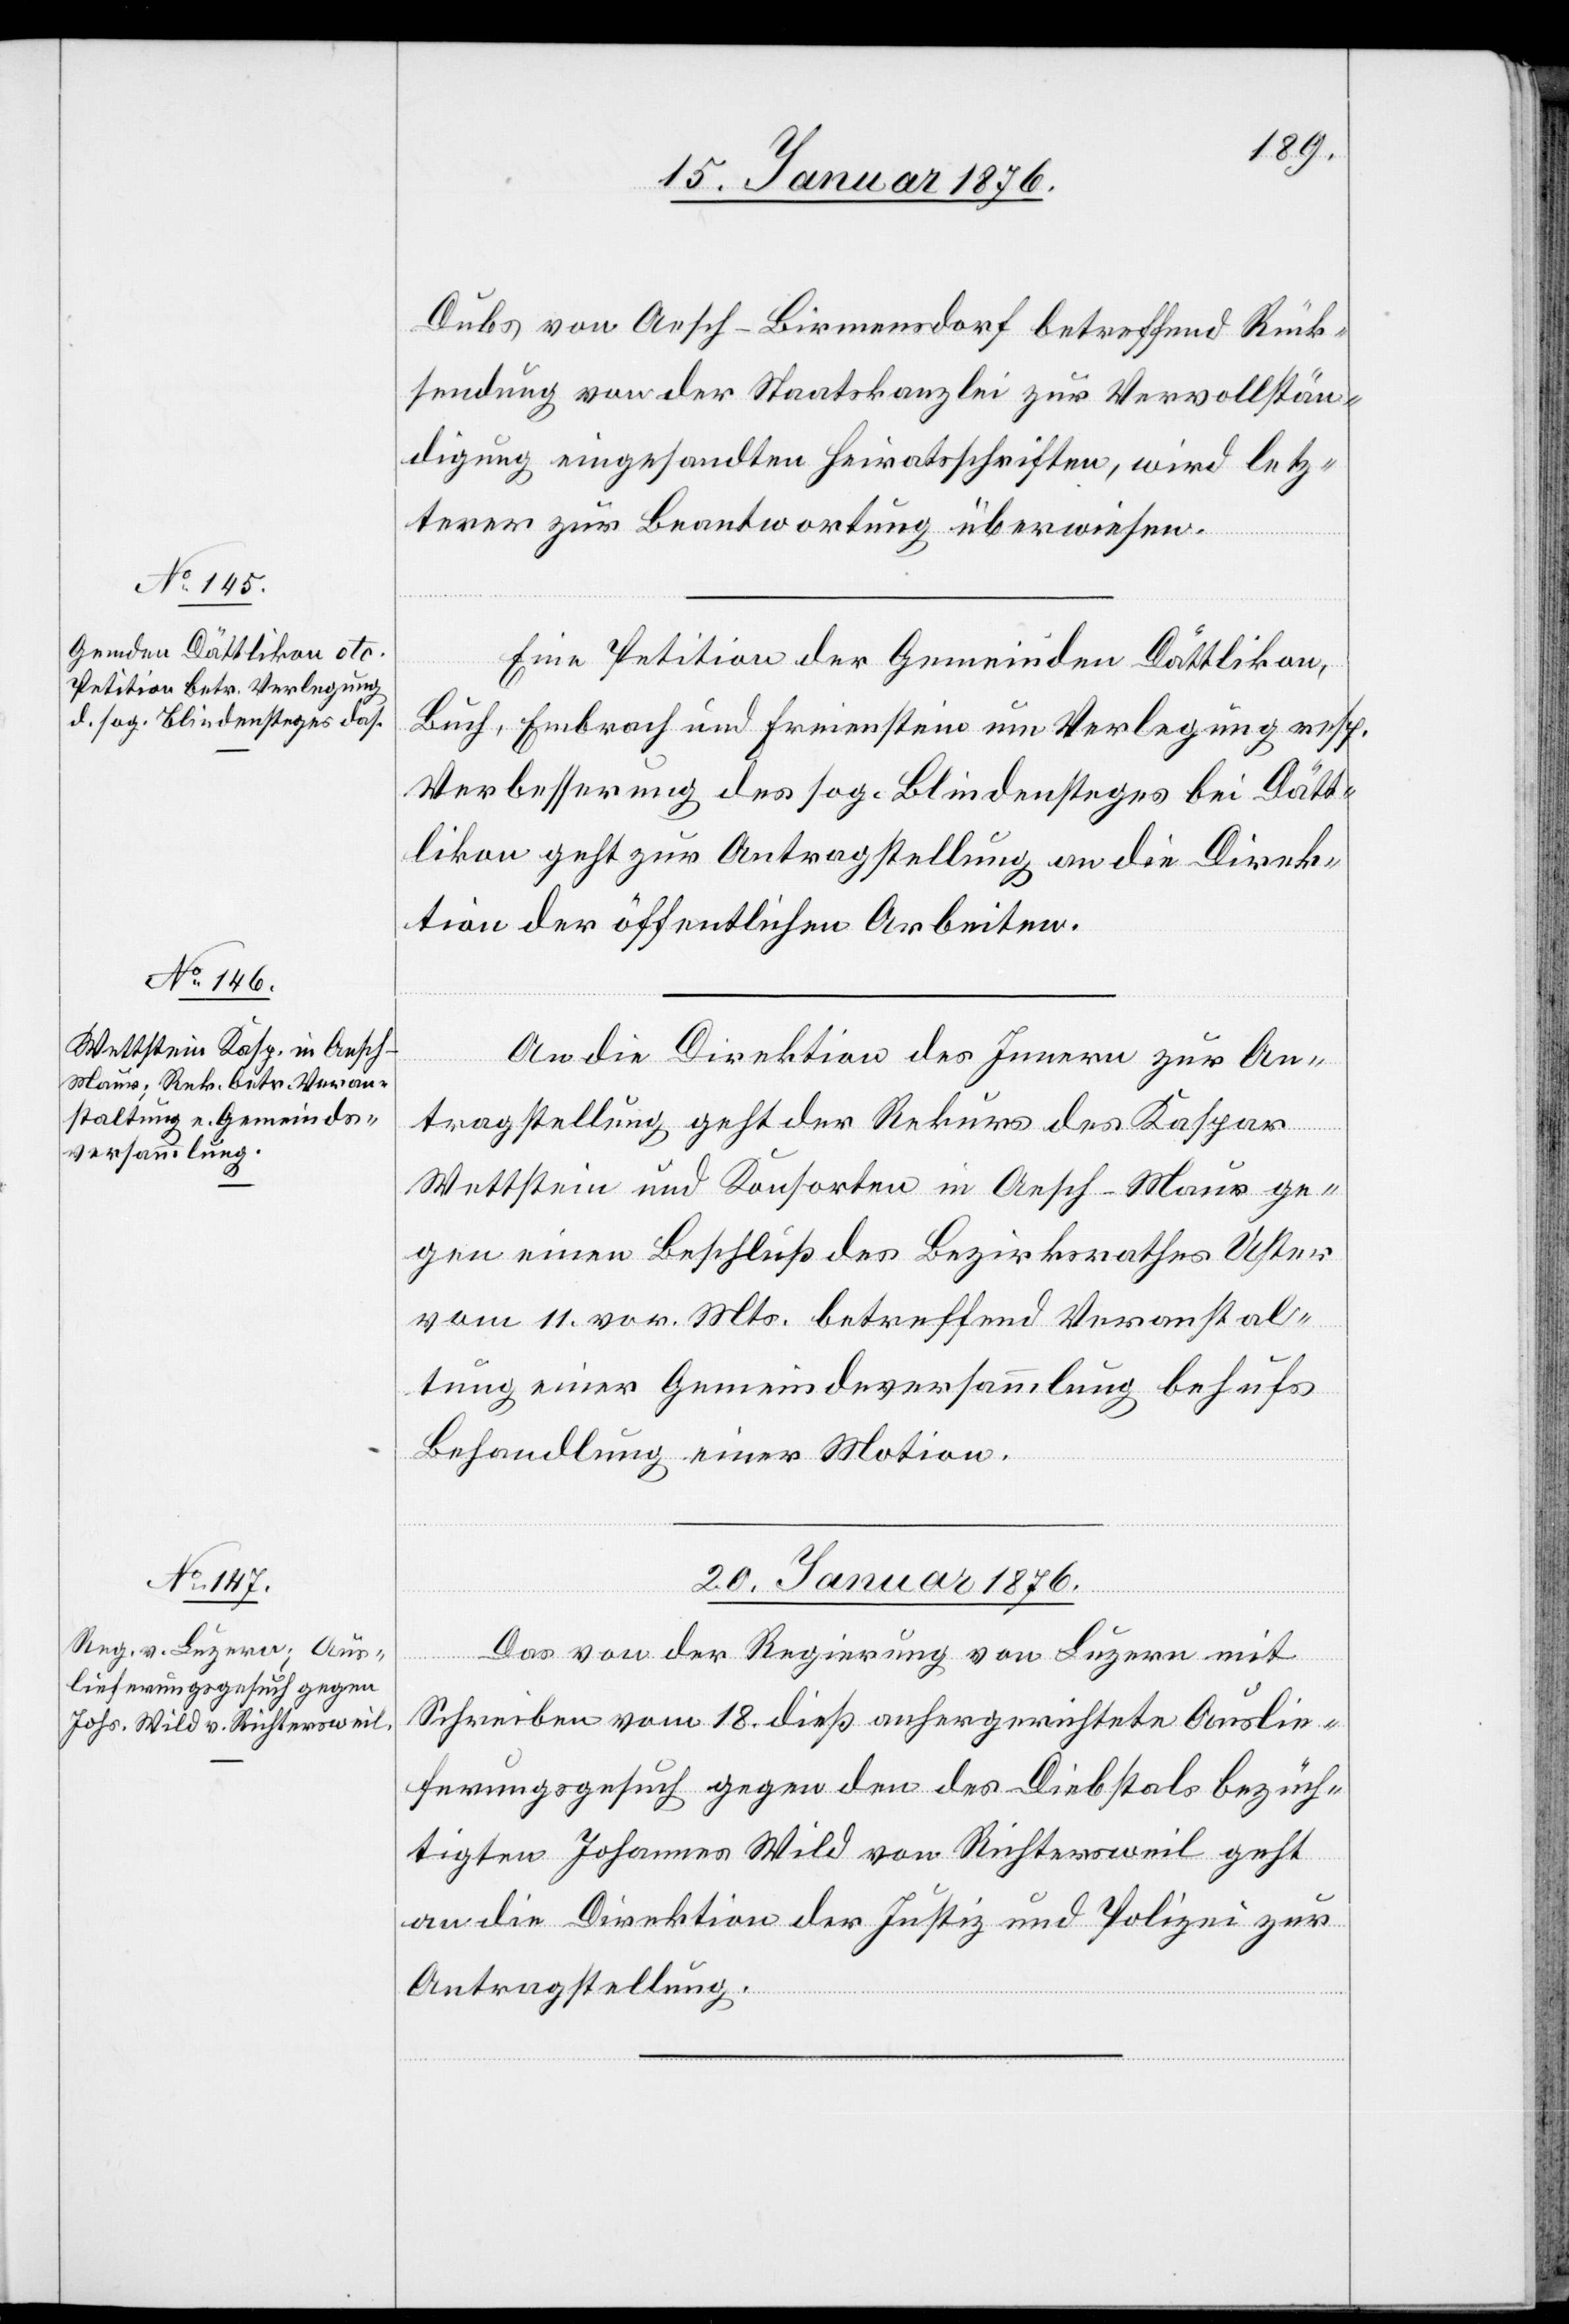
19. Januar 1876.]
Dubs von Aesch-Birmensdorf betreffend Rück¬
sendung von der Staatskanzlei zur Vervollstän¬
digung eingesandten Heiratsschriften, wird letz¬
terer zur Beantwortung überwiesen.
Eine Petition der Gemeinden Dättlikon,
Buch, Embrach und Freienstein um Verlegung resp.
Verbesserung des sog. Blindensteges bei Dätt¬
likon geht zur Antragstellung an die Direk¬
tion der öffentlichen Arbeiten.
An die Direktion des Innern zur An¬
tragstellung geht der Rekurs des Kaspar
Wettstein und Konsorten in Aesch-Maur ge¬
gen einen Beschluß des Bezirksrathes Uster
vom 11. vor. Mts. betreffend Veranstal¬
tung einer Gemeindeversammlung behufs
Behandlung einer Motion.
20. Januar 1876.
Das von der Regierung von Luzern mit
Schreiben vom 18. dieß anhergerichtete Auslie¬
ferungsgesuch gegen den des Diebstals bezüch¬
tigten Johannes Wild von Richtersweil geht
an die Direktion der Justiz und Polizei zur
Antragstellung.